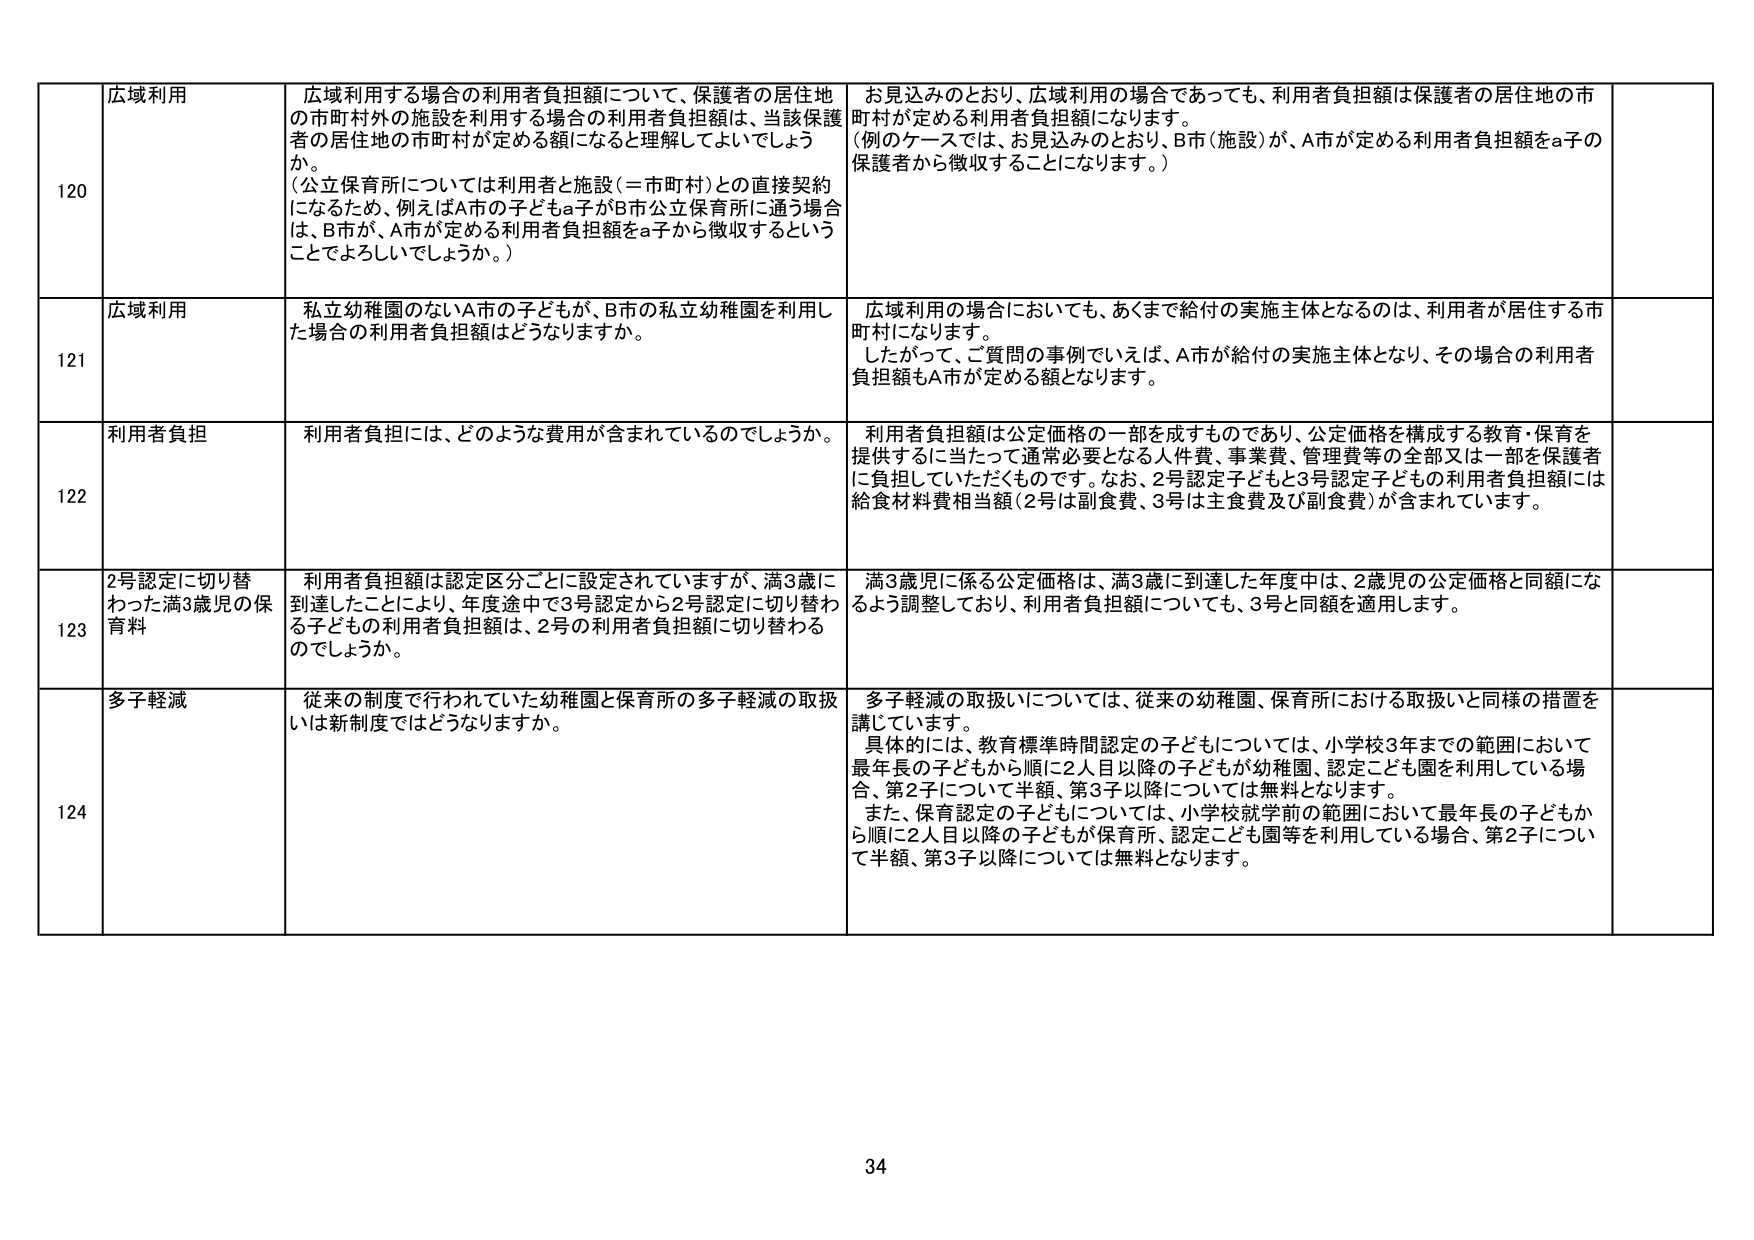
120 広域利用 広域利用する場合の利用者負担額について、保護者の居住地の市町村外の施設を利用する場合の利用者負担額は、当該保護者の居住地の市町村が定める額になると理解してよいでしょうか。 （公立保育所については利用者と施設（＝市町村）との直接契約になるため、例えばA市の子どもa子がB市公立保育所に通う場合は、B市が、A市が定める利用者負担額をa子から徴収するということでしょうか。） お見込みのとおり、広域利用の場合であっても、利用者負担額は保護者の居住地の市町村が定める利用者負担額になります。 （例のケースでは、お見込みのとおり、B市（施設）が、A市が定める利用者負担額をa子の保護者から徴収することになります。）

121 広域利用 私立幼稚園のないA市の子どもが、B市の私立幼稚園を利用した場合の利用者負担額はどうなりますか。 広域利用の場合においても、あくまで給付の実施主体となるのは、利用者が居住する市町村になります。 したがって、ご質問の事例でいえば、A市が給付の実施主体となり、その場合の利用者負担額もA市が定める額となります。

122 利用者負担 利用者負担には、どのような費用が含まれているのでしょうか。 利用者負担額は公定価格の一部を成すものであり、公定価格を構成する教育・保育を提供するに当たって通常必要となる人件費、事業費、管理費等の全部又は一部を保護者に負担していただくものです。なお、2号認定子どもと3号認定子どもの利用者負担額には給食材料費相当額（2号は副食費、3号は主食費及び副食費）が含まれています。

123 2号認定に切り替わった満3歳児の保育料 利用者負担額は認定区分ごとに設定されていますが、満3歳に到達したことにより、年度途中で3号認定から2号認定に切り替わる子どもの利用者負担額は、2号の利用者負担額に切り替わるでしょうか。 満3歳児に係る公定価格は、満3歳に到達した年度中は、2歳児の公定価格と同額になるよう調整しており、利用者負担額についても、3号と同額を適用します。

124 多子軽減 従来の制度で行われていた幼稚園と保育所の多子軽減の取扱いは新制度ではどうなりますか。 多子軽減の取扱いについては、従来の幼稚園、保育所における取扱いと同様の措置を講じています。 具体的には、教育標準時間認定の子どもについては、小学校3年までの範囲において最年長の子どもから順に2人目以降の子どもが幼稚園、認定こども園を利用している場合、第2子については半額、第3子以降については無料となります。 また、保育認定の子どもについては、小学校就学前の範囲において最年長の子どもから順に2人目以降の子どもが保育所、認定こども園等を利用している場合、第2子について半額、第3子以降については無料となります。

34